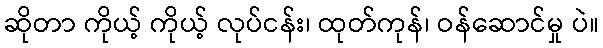
ဆိုတာ ကိုယ့် ကိုယ့် လုပ်ငန်း၊ ထုတ်ကုန်၊ ဝန်ဆောင်မှု ပဲ။